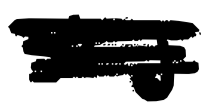
Text: A.J.
Cross-out: mix
Writing tool: digital_black